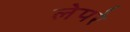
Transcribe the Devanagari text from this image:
लेपरे